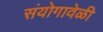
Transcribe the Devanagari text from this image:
संयोगावेळी